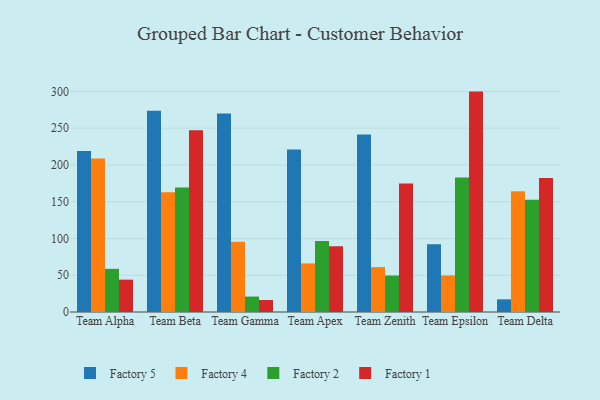
{"axis": {"x": "Team", "y": "Demand Index"}, "legend": ["Factory 1", "Factory 2", "Factory 4", "Factory 5"], "data": [{"x": "Team Alpha", "y": 219.0, "type": "Factory 5"}, {"x": "Team Alpha", "y": 208.9, "type": "Factory 4"}, {"x": "Team Alpha", "y": 58.7, "type": "Factory 2"}, {"x": "Team Alpha", "y": 44.0, "type": "Factory 1"}, {"x": "Team Beta", "y": 273.8, "type": "Factory 5"}, {"x": "Team Beta", "y": 163.0, "type": "Factory 4"}, {"x": "Team Beta", "y": 169.4, "type": "Factory 2"}, {"x": "Team Beta", "y": 247.1, "type": "Factory 1"}, {"x": "Team Gamma", "y": 269.9, "type": "Factory 5"}, {"x": "Team Gamma", "y": 95.6, "type": "Factory 4"}, {"x": "Team Gamma", "y": 21.0, "type": "Factory 2"}, {"x": "Team Gamma", "y": 16.3, "type": "Factory 1"}, {"x": "Team Apex", "y": 221.0, "type": "Factory 5"}, {"x": "Team Apex", "y": 66.1, "type": "Factory 4"}, {"x": "Team Apex", "y": 96.7, "type": "Factory 2"}, {"x": "Team Apex", "y": 89.4, "type": "Factory 1"}, {"x": "Team Zenith", "y": 241.4, "type": "Factory 5"}, {"x": "Team Zenith", "y": 61.1, "type": "Factory 4"}, {"x": "Team Zenith", "y": 49.6, "type": "Factory 2"}, {"x": "Team Zenith", "y": 174.9, "type": "Factory 1"}, {"x": "Team Epsilon", "y": 92.1, "type": "Factory 5"}, {"x": "Team Epsilon", "y": 49.7, "type": "Factory 4"}, {"x": "Team Epsilon", "y": 183.1, "type": "Factory 2"}, {"x": "Team Epsilon", "y": 299.8, "type": "Factory 1"}, {"x": "Team Delta", "y": 17.2, "type": "Factory 5"}, {"x": "Team Delta", "y": 164.1, "type": "Factory 4"}, {"x": "Team Delta", "y": 152.6, "type": "Factory 2"}, {"x": "Team Delta", "y": 182.4, "type": "Factory 1"}]}